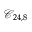
\mathcal { C } _ { 2 4 , 8 }